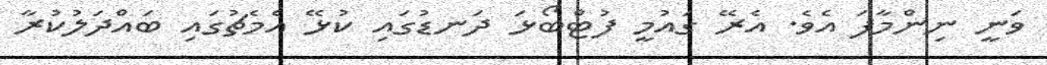
ވަނީ ނިންމާފަ އެވެ. އެރޭ ގައުމީ ފުޓްބޯޅަ ދަނޑުގައި ކުޅޭ އެމެޗުގައި ބައްދަލުކުރާ